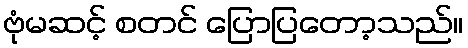
ဗုံမဆင့် စတင် ပြောပြတော့သည်။